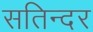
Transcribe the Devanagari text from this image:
सतिन्दर